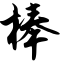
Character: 棒